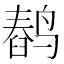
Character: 𬸥